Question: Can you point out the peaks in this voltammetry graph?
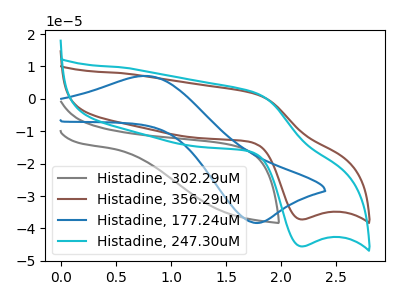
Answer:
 <answer>The gray curve "Histadine, 302.29uM" has no peaks. The brown curve "Histadine, 356.29uM" has an anodic peak at (1.75V, 1.50uA) and a cathodic peak at (2.20V, -37.20uA). The blue curve "Histadine, 177.24uM" has an anodic peak at (0.80V, 7.05uA) and a cathodic peak at (1.75V, -38.30uA). The cyan curve "Histadine, 247.30uM" has an anodic peak at (1.75V, 1.85uA) and a cathodic peak at (2.20V, -45.50uA).</answer>
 <eval></eval>